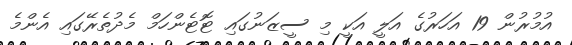
އުމުރުން 19 އަހަރުގެ އަލީ އަކީ މި ސީޒަނުގައި ޓޮޓެންހަމް މެދުތެރޭގައި އެންމެ